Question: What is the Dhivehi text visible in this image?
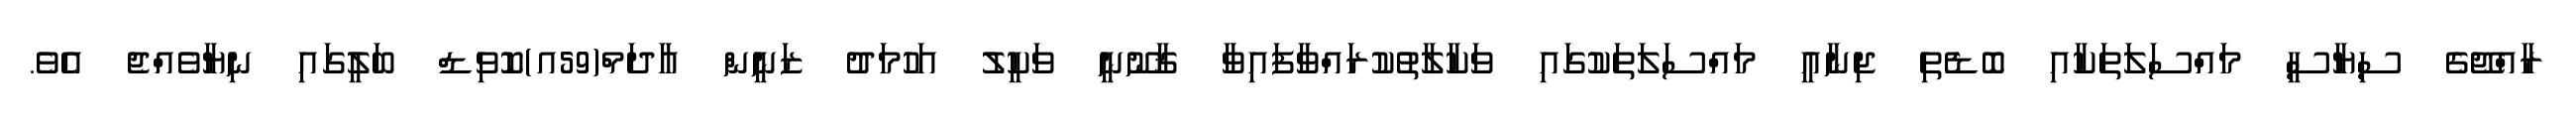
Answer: ރާއްޖޭގެ ސިޔާސީ މައްސަލަތަކާއި ބޮޑެތި ޖިނާއީ މައްސަލަތަކުގައި ވަކާލާތުކުރައްވާފައިވާ ޤާނޫނީ ވަކީލު އަހުމަދު ޒަނީން އާދަމް(59އ)ކޮވިޑް ބަލީގައި ނިޔާވެއްޖެ އެވެ.